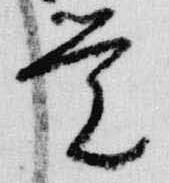
覚